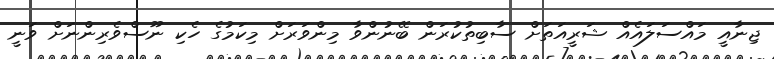
ޖިނާއީ މައްސަލައެއް ޝަރީއަތަށް ސާބިތުކުރަން ބޭނުންވާ މިންވަރަށް މިކަމުގެ ހެކި ނޫސްވެރިންނަށް ވަނީ